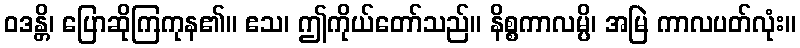
ဝဒန္တိ၊ ပြောဆိုကြကုန၏။ ဧသ၊ ဤကိုယ်တော်သည်။ နိစ္စကာလမ္ပိ၊ အမြဲ ကာလပတ်လုံး။